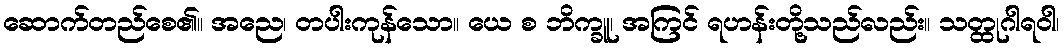
ဆောက်တည်စေ၏။ အညေ၊ တပါးကုန်သော။ ယေ စ ဘိက္ခူ၊ အကြင် ရဟန်းတို့သည်လည်း။ သတ္ထုဂါရဝါ၊